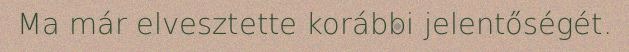
Ma már elvesztette korábbi jelentőségét.